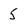
Character: 5